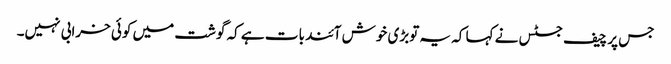
جس پر چیف جسٹس نے کہا کہ یہ توبڑی خوش آئند بات ہے کہ گوشت میں کوئی خرابی نہیں۔